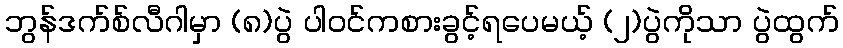
ဘွန်ဒက်စ်လီဂါမှာ (၈)ပွဲ ပါဝင်ကစားခွင့်ရပေမယ့် (၂)ပွဲကိုသာ ပွဲထွက်